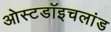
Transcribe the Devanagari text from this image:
ओस्टडॉइचलांड